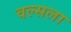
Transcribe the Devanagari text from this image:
वल्‍सला